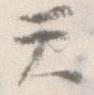
て